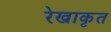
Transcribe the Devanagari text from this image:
रेखाकृत